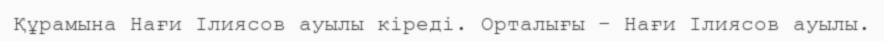
Құрамына Нағи Ілиясов ауылы кіреді. Орталығы – Нағи Ілиясов ауылы.